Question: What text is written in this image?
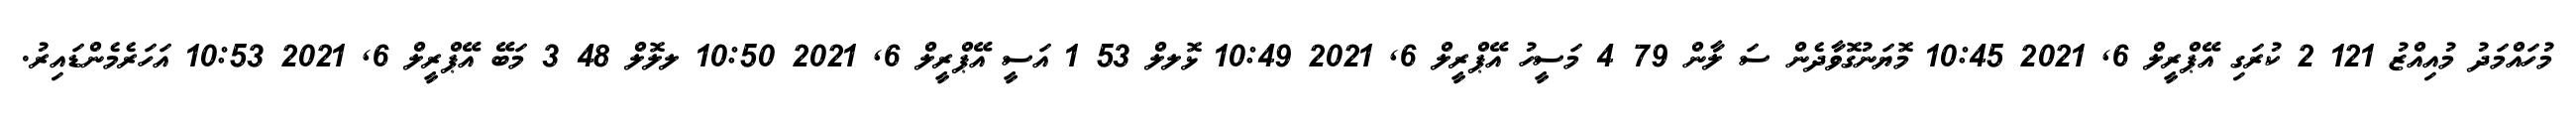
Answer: މުހައްމަދު މުއިއްޒު 121 2 ކުރަގި އޭޕްރީލް 6, 2021 10:45 މޮޔަނުގޮވާދެން ސަ ލާން 79 4 މަސީހު އޭޕްރީލް 6, 2021 10:49 ޅޮލލް 53 1 އަސީ އޭޕްރީލް 6, 2021 10:50 ލލޮލް 48 3 މަބޭ އޭޕްރީލް 6, 2021 10:53 އަހަރެމެންޑައިރު.